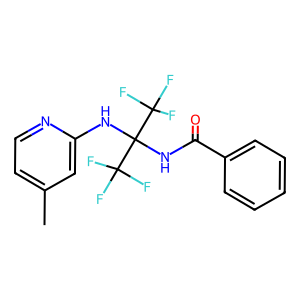
SMILES: Cc1ccnc(NC(NC(=O)c2ccccc2)(C(F)(F)F)C(F)(F)F)c1
Inhibits HIV replication: No